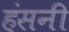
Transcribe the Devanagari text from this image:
हंसनी